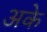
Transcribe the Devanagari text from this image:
अके